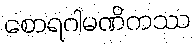
စောရဂါမဏိကဿ